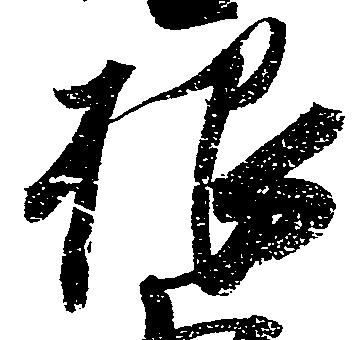
根